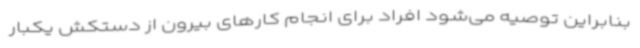
بنابراین توصیه می‌شود افراد برای انجام کارهای بیرون از دستکش یکبار